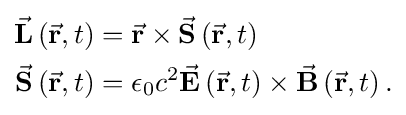
{\begin{aligned}{\vec {\mathbf {L} }}\left({\vec {\mathbf {r} }},t\right)&={\vec {\mathbf {r} }}\times {\vec {\mathbf {S} }}\left({\vec {\mathbf {r} }},t\right)\\{\vec {\mathbf {S} }}\left({\vec {\mathbf {r} }},t\right)&=\epsilon _{0}c^{2}{\vec {\mathbf {E} }}\left({\vec {\mathbf {r} }},t\right)\times {\vec {\mathbf {B} }}\left({\vec {\mathbf {r} }},t\right).\end{aligned}}